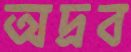
অদ্রব